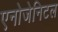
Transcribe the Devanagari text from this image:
एनोजेनिटल